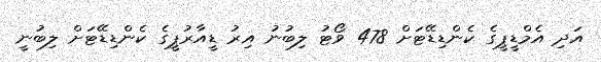
އަދި އެމްޑީޕީގެ ކެންޑިޑޭޓަށް 478 ވޯޓު ލިބުނު އިރު ޑީއާރުޕީގެ ކެންޑިޑޭޓަށް ލިބުނީ